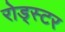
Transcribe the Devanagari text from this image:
रोड्स्टर